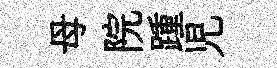
母院踵児